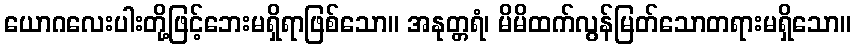
ယောဂလေးပါးတို့ဖြင့်ဘေးမရှိရာဖြစ်သော။ အနုတ္တရံ၊ မိမိထက်လွန်မြတ်သောတရားမရှိသော။